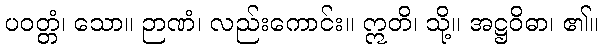
ပဝတ္တံ၊ သော။ ဉာဏံ၊ လည်းကောင်း။ ဣတိ၊ သို့။ အဋ္ဌဝိဓာ၊ ၏။